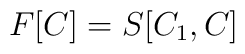
F[C] = S[C_1   , C]